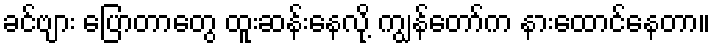
ခင်ဗျား ပြောတာတွေ ထူးဆန်းနေလို့ ကျွန်တော်က နားထောင်နေတာ။